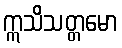
ဣသိသတ္တမော